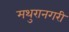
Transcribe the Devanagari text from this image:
मथुरानगरी